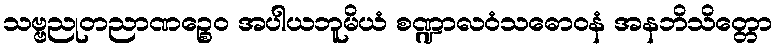
သဗ္ဗညုတညာဏဉ္စေဝ အပါယဘူမိယံ စဏ္ဍာလဝံသဓောဝနံ အနဘိသိတ္တော